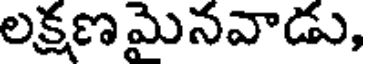
లక్షణమైనవాడు,